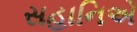
સહાનિએ